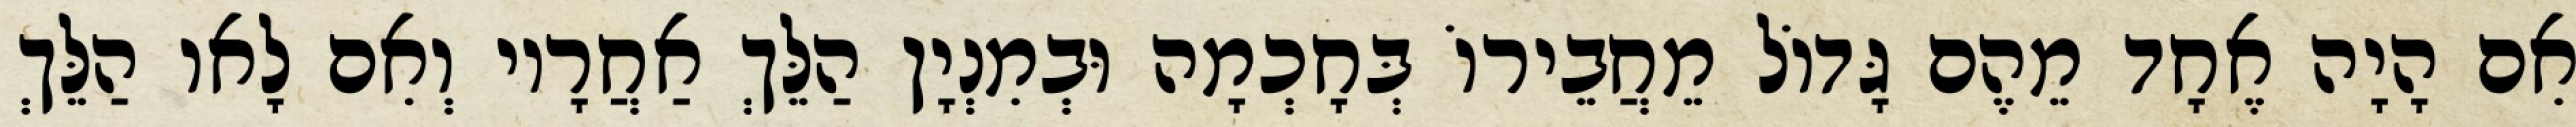
אִם הָיָה אֶחָד מֵהֶם גָּדוֹל מֵחֲבֵירוֹ בְּחָכְמָה וּבְמִנְיָן הַלֵּךְ אַחֲרָיו וְאִם לָאו הַלֵּךְ